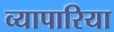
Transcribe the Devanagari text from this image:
व्‍यापारिया